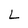
Character: L